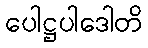
ပေါဋ္ဌပါဒေါတိ